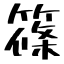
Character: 篠